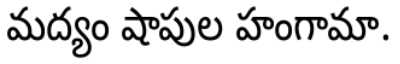
మద్యం షాపుల హంగామా.